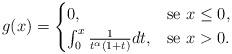
LaTeX: \begin{align*}g(x) = \begin{cases} 0, & \mbox{se } x \leq 0,\\ \int_{0}^{x} \frac{1}{t^{\alpha}(1+t)} dt, & \mbox{se } x > 0.\end{cases}\end{align*}